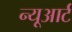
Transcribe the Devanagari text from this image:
न्यूआर्ट